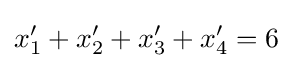
x'_{1}+x'_{2}+x'_{3}+x'_{4}=6